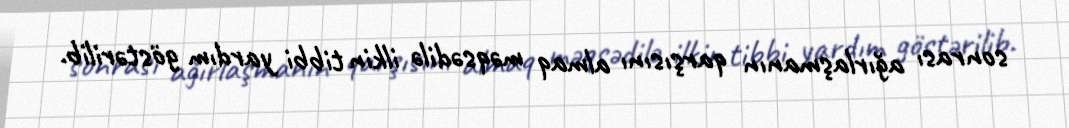
sonrası ağırlaşmanın qarşısını almaq məqsədilə ilkin tibbi yardım göstərilib.